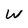
Character: W